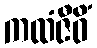
ကထံဇီဝိံ